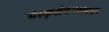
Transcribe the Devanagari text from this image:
संस्कृतीकरणामधून